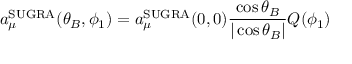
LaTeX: a _ { \mu } ^ { \mathrm { S U G R A } } ( \theta _ { B } , \phi _ { 1 } ) = a _ { \mu } ^ { \mathrm { S U G R A } } ( 0 , 0 ) \frac { \cos \theta _ { B } } { | \cos \theta _ { B } | } Q ( \phi _ { 1 } )